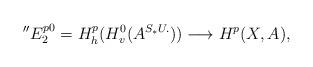
LaTeX: \begin{align*}''E^{p0}_2= H^p_h(H^0_v(A^{S_*U.}))\longrightarrow H^p(X,A),\end{align*}